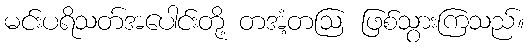
မင်းပရိသတ်အပေါင်းတို့ တအံ့တဩ ဖြစ်သွားကြသည်။